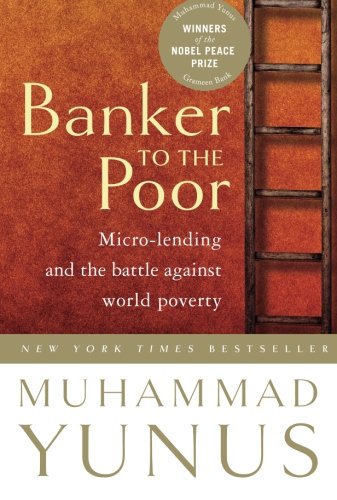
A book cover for Banker To The Poor: Micro-Lending and the Battle Against World Poverty; Muhammad Yunus; Business & Money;